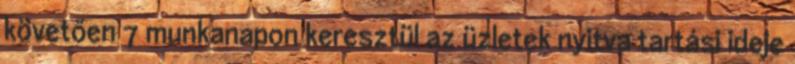
követően 7 munkanapon keresztül az üzletek nyitva tartási ideje